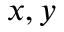
x , y